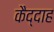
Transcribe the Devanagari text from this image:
कैद्दाह